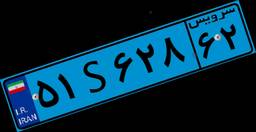
۵۱S۶۲۸۶۲